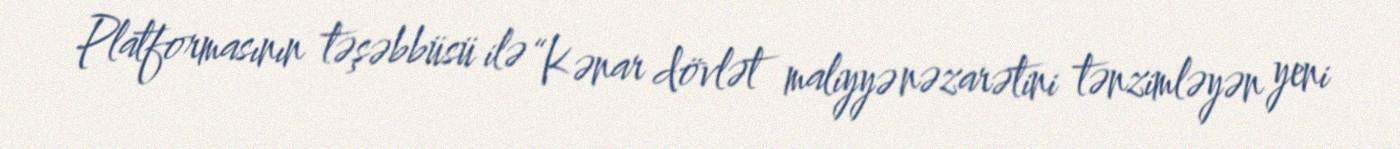
Platformasının təşəbbüsü ilə “Kənar dövlət maliyyə nəzarətini tənzimləyən yeni